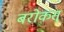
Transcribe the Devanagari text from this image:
बरोकस्